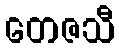
တေဇသီ